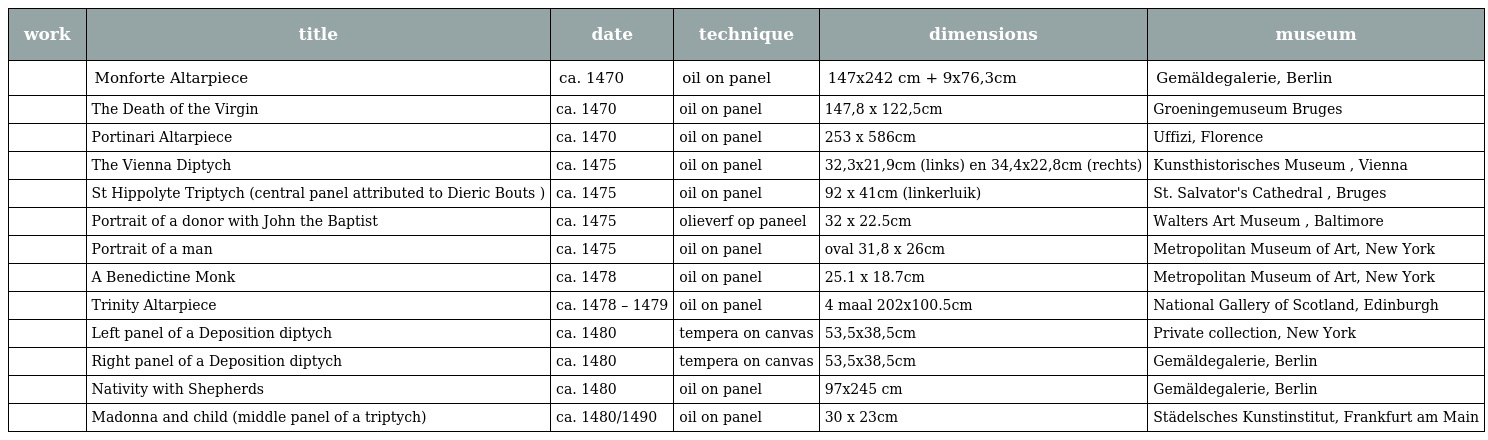
| work | title | date | technique | dimensions | museum |
 | --- | --- | --- | --- | --- | --- |
 |  | Monforte Altarpiece | ca. 1470 | oil on panel | 147x242 cm + 9x76,3cm | Gemäldegalerie, Berlin |
 |  | The Death of the Virgin | ca. 1470 | oil on panel | 147,8 x 122,5cm | Groeningemuseum Bruges |
 |  | Portinari Altarpiece | ca. 1470 | oil on panel | 253 x 586cm | Uffizi, Florence |
 |  | The Vienna Diptych | ca. 1475 | oil on panel | 32,3x21,9cm (links) en 34,4x22,8cm (rechts) | Kunsthistorisches Museum , Vienna |
 |  | St Hippolyte Triptych (central panel attributed to Dieric Bouts ) | ca. 1475 | oil on panel | 92 x 41cm (linkerluik) | St. Salvator's Cathedral , Bruges |
 |  | Portrait of a donor with John the Baptist | ca. 1475 | olieverf op paneel | 32 x 22.5cm | Walters Art Museum , Baltimore |
 |  | Portrait of a man | ca. 1475 | oil on panel | oval 31,8 x 26cm | Metropolitan Museum of Art, New York |
 |  | A Benedictine Monk | ca. 1478 | oil on panel | 25.1 x 18.7cm | Metropolitan Museum of Art, New York |
 |  | Trinity Altarpiece | ca. 1478 – 1479 | oil on panel | 4 maal 202x100.5cm | National Gallery of Scotland, Edinburgh |
 |  | Left panel of a Deposition diptych | ca. 1480 | tempera on canvas | 53,5x38,5cm | Private collection, New York |
 |  | Right panel of a Deposition diptych | ca. 1480 | tempera on canvas | 53,5x38,5cm | Gemäldegalerie, Berlin |
 |  | Nativity with Shepherds | ca. 1480 | oil on panel | 97x245 cm | Gemäldegalerie, Berlin |
 |  | Madonna and child (middle panel of a triptych) | ca. 1480/1490 | oil on panel | 30 x 23cm | Städelsches Kunstinstitut, Frankfurt am Main |